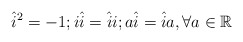
\begin{align*}{\hat{i}}^2 =-1 ;i\hat{i}= \hat{i}i ; a\hat{i}=\hat{i}a,\forall a \in \mathbb{R}\end{align*}